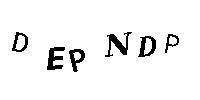
DEPNDP